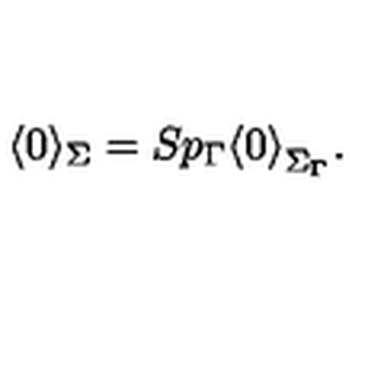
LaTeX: \langle 0 \rangle _ { \Sigma } = S p _ { \Gamma } { \langle 0 \rangle } _ { \Sigma _ { \Gamma } } .